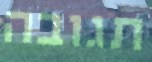
תגובה